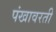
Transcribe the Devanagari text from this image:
पंखावरती